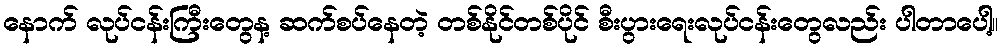
နောက် လုပ်ငန်းကြီးတွေန့ ဆက်စပ်နေတဲ့ တစ်နိုင်တစ်ပိုင် စီးပွားရေးလုပ်ငန်းတွေလည်း ပါတာပေါ့။